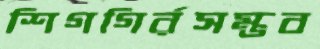
শিগগির্রসম্ভব